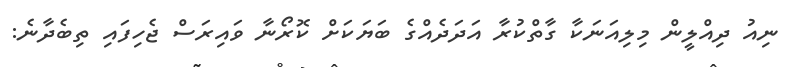
ނިއު ދިއްލީން މިލިއަނަކާ ގާތްކުރާ އަދަދެއްގެ ބަޔަކަށް ކޮރޯނާ ވައިރަސް ޖެހިފައި ތިބެދާނެ: